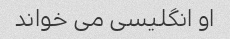
او انگلیسی می خواند